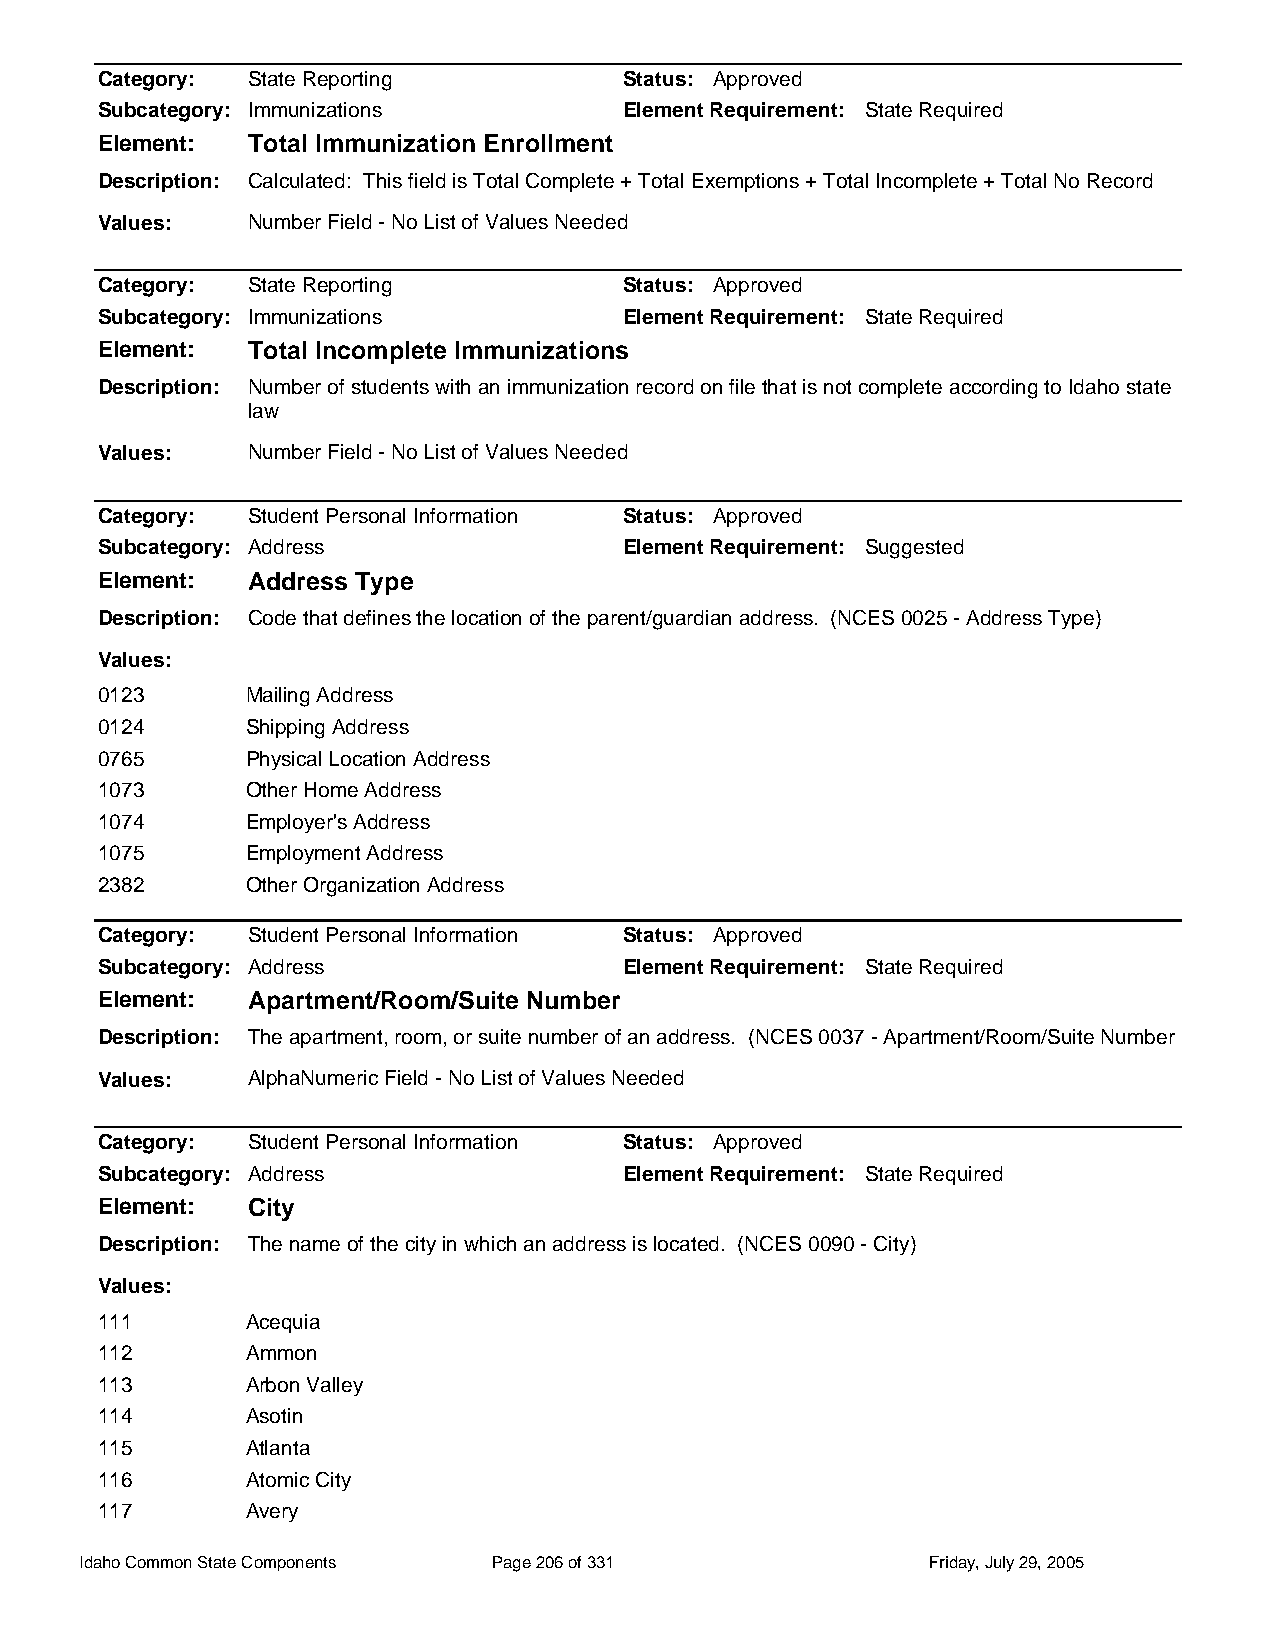
Category: State Reporting          Status: Approved
 Subcategory: Immunizations         Element Requirement: State Required
 Element:  Total Immunization Enrollment
 Description: Calculated: This field is Total Complete + Total Exemptions + Total Incomplete + Total No Record
 Values:   Number Field - No List of Values Needed
 Category: State Reporting          Status: Approved
 Subcategory: Immunizations         Element Requirement: State Required
 Element:  Total Incomplete Immunizations
 Description: Number of students with an immunization record on file that is not complete according to Idaho state
 law
 Values:   Number Field - No List of Values Needed
 Category: Student Personal Information Status: Approved
 Subcategory: Address               Element Requirement: Suggested
 Element:  Address Type
 Description: Code that defines the location of the parent/guardian address. (NCES 0025 - Address Type)
 Values:
 0123      Mailing Address
 0124      Shipping Address
 0765      Physical Location Address
 1073      Other Home Address
 1074      Employer's Address
 1075      Employment Address
 2382      Other Organization Address
 Category: Student Personal Information Status: Approved
 Subcategory: Address               Element Requirement: State Required
 Element:  Apartment/Room/Suite Number
 Description: The apartment, room, or suite number of an address. (NCES 0037 - Apartment/Room/Suite Number
 Values:   AlphaNumeric Field - No List of Values Needed
 Category: Student Personal Information Status: Approved
 Subcategory: Address               Element Requirement: State Required
 Element:  City
 Description: The name of the city in which an address is located. (NCES 0090 - City)
 Values:
 111       Acequia
 112       Ammon
 113       Arbon Valley
 114       Asotin
 115       Atlanta
 116       Atomic City
 117       Avery
 Idaho Common State Components Page 206 of 331           Friday, July 29, 2005